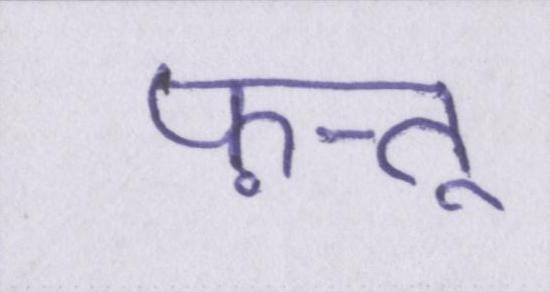
फ़त्तू